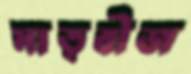
মাতৃবীজ